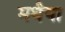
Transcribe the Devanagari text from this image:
मथैया